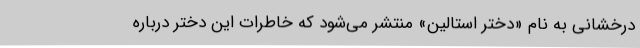
درخشانی به نام «دختر استالین» منتشر می‌شود که خاطرات این دختر درباره